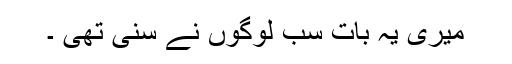
میری یہ بات سب لوگوں نے سنی تھی ۔